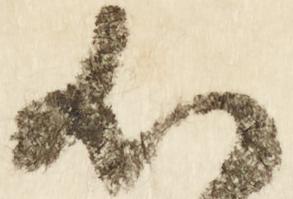
心